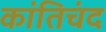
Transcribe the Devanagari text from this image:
कांतिचंद